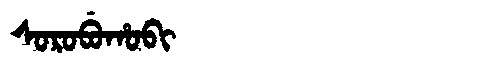
Manchu: ᠰᠣᡵᠣᠪᡠᡥᠣᠪᡳ
Romanization: SOROBUHOBI